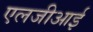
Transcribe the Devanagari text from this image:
एलजीआई